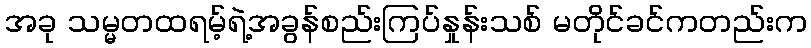
အခု သမ္မတထရမ့်ရဲ့အခွန်စည်းကြပ်နှုန်းသစ် မတိုင်ခင်ကတည်းက